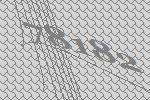
78182